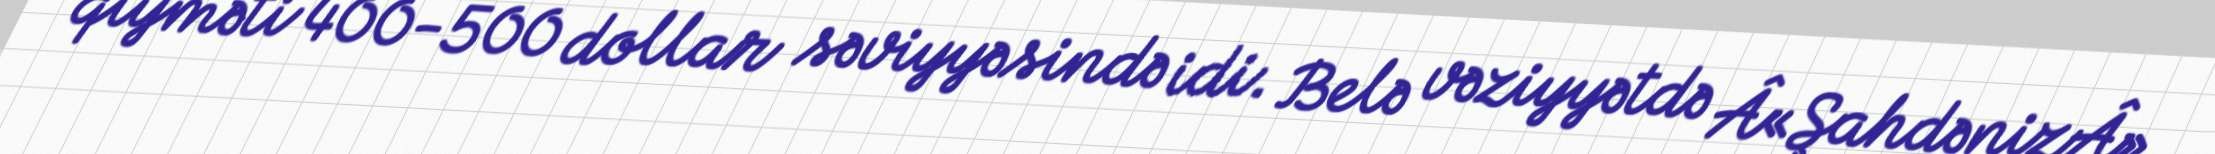
qiyməti 400-500 dollar səviyyəsində idi. Belə vəziyyətdə Â«ŞahdənizÂ»